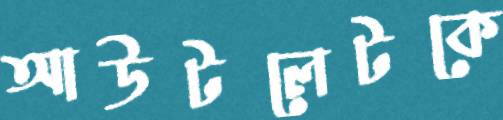
আউটলেটকে